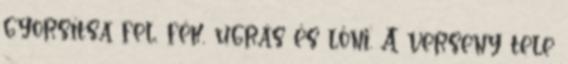
gyorsítsa fel, fék, ugrás és lőni. A verseny tele